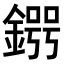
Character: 𨪒